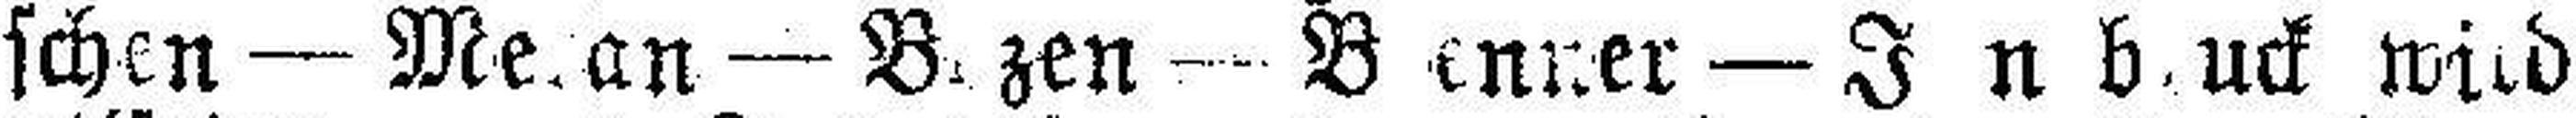
schen — Meran — Bozen — B enner — In bruck wird